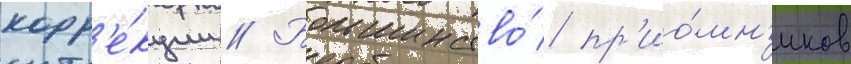
корр'е́кции // Большинство́ пр'ио́мн'иков